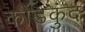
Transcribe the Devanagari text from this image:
कौंडकुंद